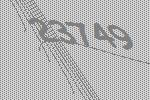
23749